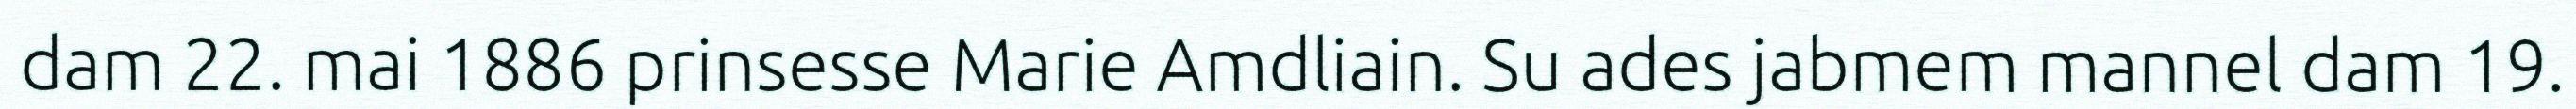
dam 22. mai 1886 prinsesse Marie Amdliain. Su ades jabmem mannel dam 19.